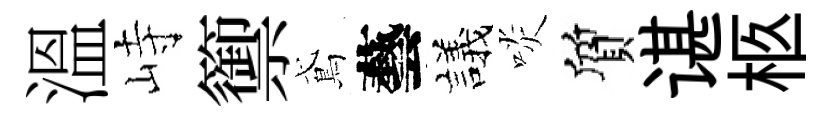
溫峙籞鳶藝議啖質谌柩